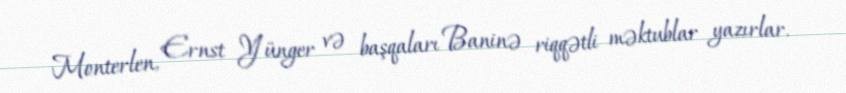
Monterlen, Ernst Yünger və başqaları Baninə riqqətli məktublar yazırlar.